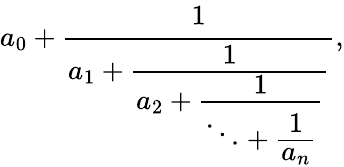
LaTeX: a_{0}+{\cfrac{1}{a_{1}+{\cfrac{1}{a_{2}+{\cfrac{1}{\ddots+{\cfrac{1}{a_{n}}}}}}}}},